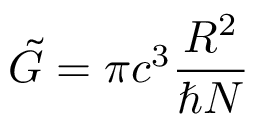
\tilde { G } = \pi c ^ { 3 } \frac { R ^ { 2 } } { \hbar N }